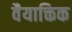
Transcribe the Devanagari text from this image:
वैयाक्तिक